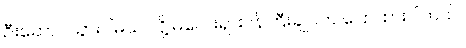
ဦးဆောင်သွားပါမယ် လို့ မလေးရှားဝန်ကြီးချုပ်က ပြောထားပါတယ်။